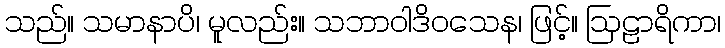
သည်။ သမာနာပိ၊ မူလည်း။ သဘာဝါဒိဝသေန၊ ဖြင့်။ ဩဠာရိကာ၊